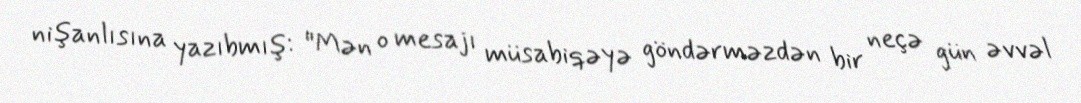
nişanlısına yazıbmış: "Mən o mesajı müsabiqəyə göndərməzdən bir neçə gün əvvəl